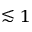
\lesssim 1